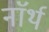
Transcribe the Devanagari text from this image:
नाॅर्थ